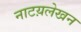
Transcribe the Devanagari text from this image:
नाटय़लेखन